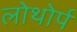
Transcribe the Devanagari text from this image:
लोथोर्प